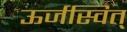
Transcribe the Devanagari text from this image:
ऊर्जस्वित्